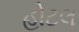
હોટલ